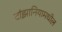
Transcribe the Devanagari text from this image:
टांझानियामधील